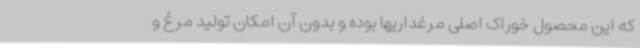
که این محصول خوراک اصلی مرغداریها بوده و بدون آن امکان تولید مرغ و